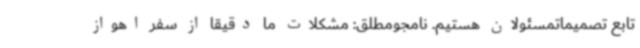
تابع تصمیماتمسئولان هستیم. نامجومطلق: مشکلات ما دقیقا از سفر اهواز